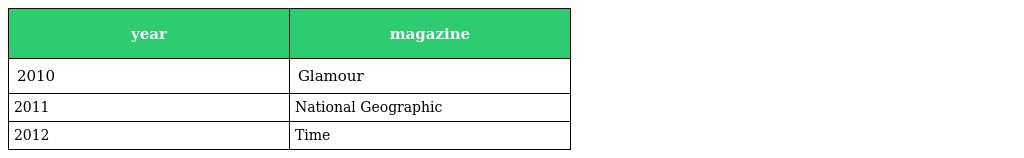
| year | magazine |
 | --- | --- |
 | 2010 | Glamour |
 | 2011 | National Geographic |
 | 2012 | Time |